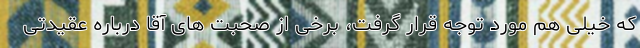
که خیلی هم مورد توجه قرار گرفت، برخی از صحبت های آقا درباره عقیدتی